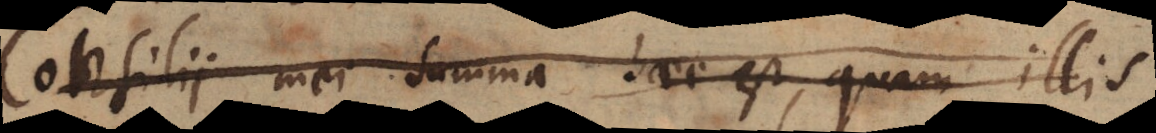
Consilii mei summa _ et, quam illis